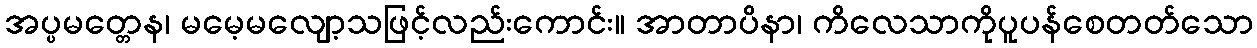
အပ္ပမတ္တေန၊ မမေ့မလျော့သဖြင့်လည်းကောင်း။ အာတာပိနာ၊ ကိလေသာကိုပူပန်စေတတ်သော